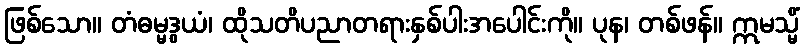
ဖြစ်သော။ တံဓမ္မဒွယံ၊ ထိုသတိပညာတရားနှစ်ပါးအပေါင်းကို။ ပုန၊ တစ်ဖန်။ ဣမသ္မိံ